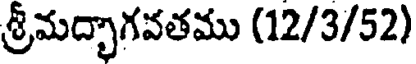
శ్రీమద్భాగవతము (12/3/52)